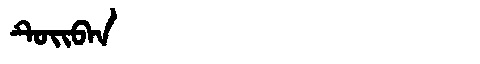
Manchu: ᡨᡠᡳᠪᠠᠨ
Romanization: TUIBAN